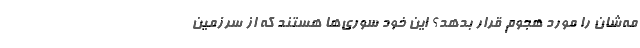
مه‌شان را مورد هجوم قرار بدهد؟ این خود سوری‌ها هستند که از سرزمین